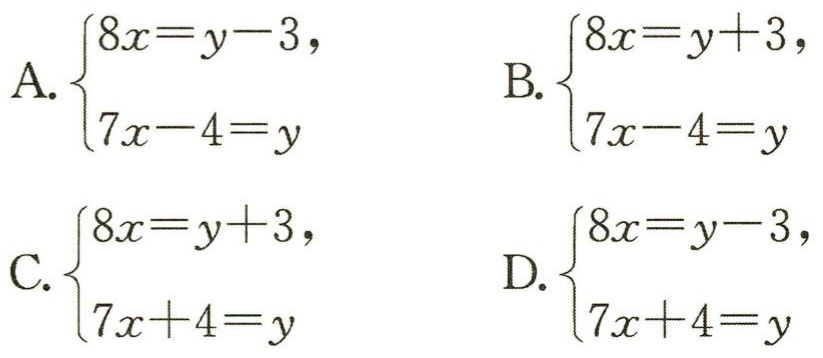
A. \(\begin{cases}8x=y - 3,\\7x - 4=y\end{cases}\) B. \(\begin{cases}8x=y + 3,\\7x - 4=y\end{cases}\) C. \(\begin{cases}8x=y + 3,\\7x + 4=y\end{cases}\) D. \(\begin{cases}8x=y - 3,\\7x + 4=y\end{cases}\)